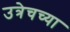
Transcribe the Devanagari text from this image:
उत्रेचच्या